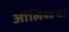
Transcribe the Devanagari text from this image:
ऑलिव्हचा